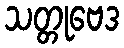
သတ္တုဗေဒ